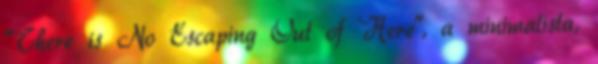
"There is No Escaping Out of Here", a minimalista,